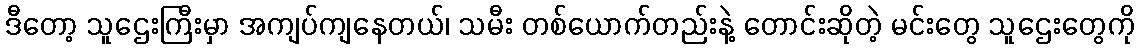
ဒီတော့ သူဌေးကြီးမှာ အကျပ်ကျနေတယ်၊ သမီး တစ်ယောက်တည်းနဲ့ တောင်းဆိုတဲ့ မင်းတွေ သူဌေးတွေကို